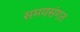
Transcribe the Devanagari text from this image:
समयसंगत